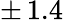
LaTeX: \pm\, 1.4